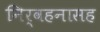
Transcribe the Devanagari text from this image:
निर्वहनासह